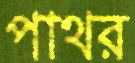
পাথর